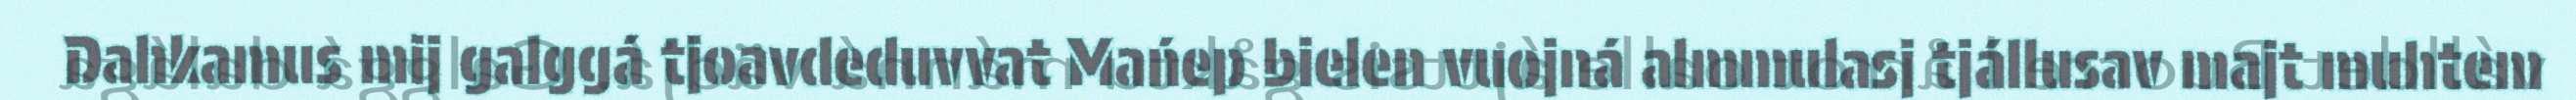
Dahkamus mij galggá tjoavdeduvvat Mańep bielen vuojná almmulasj tjállusav majt muhtem